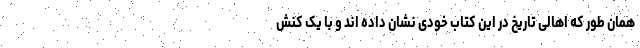
همان طور که اهالی تاریخ در این کتاب خودی نشان داده اند و با یک کنش